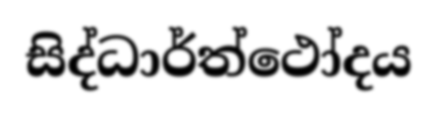
සිද්ධාර්ත්ථෝදය